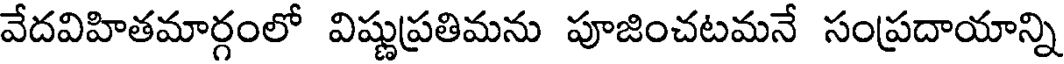
వేదవిహితమార్గంలో విష్ణుప్రతిమను పూజించటమనే సంప్రదాయాన్ని